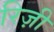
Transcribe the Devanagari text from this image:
रिज़ी